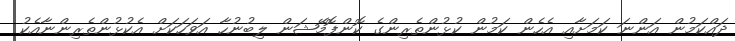
ދައްކަމުން އަންނަ ކަމަށާއި އެހެން ކަމުން ކުޅުންތެރިންގެ ކޮންފޮމޭޝަން ލިބުނުހާ އަވަހަކަށް އެކުޅުންތެރިންނާއެކު